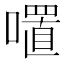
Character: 𭋏